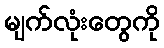
မျက်လုံးတွေကို